system: You are a helpful assistant.
user:
Analyze the provided spectrum to determine if it is a **Carbon Star (C-type)**.

- **Key Visual Indicators of Carbon Star:**
    - **(Primary):** Strong molecular absorption from **C₂ (diatomic carbon) "Swan Bands."** This is the **defining feature** of a carbon star.
        - **(Key Bandheads):** Sharp absorption edges are visible at approximately $5635$ Å, $5165$ Å (the strongest band), and $4737$ Å.
        - **(Line Profile):** Creates a distinct **"saw-tooth"** pattern. The key morphology is a sharp, steep bandhead on the **red (long-wavelength) side**, which then gradually tapers off (i.e., flux recovers) towards the **blue (short-wavelength) side**. *(This is the direct opposite of the TiO bands seen in M-type stars)*.

    - **(Secondary):** Intense **CN (cyanogen)** molecular absorption bands.
        - **(Key Bandheads):** Located in the blue and violet regions of the spectrum (e.g., near $4215$ Å and $3883$ Å).
        - **(Morphology):** These bands are extremely broad and act as a "blanket," absorbing the vast majority of blue and violet light. This creates a characteristic **"cliff"** or **"steep drop-off"** in the spectrum's flux at short wavelengths.

    - **(Key Confirmation):** Strong **CH absorption band (G-band)**.
        - **(Key Bandhead):** Located around $4300$ Å. The contribution from CH molecules to this band is exceptionally strong.

    - **(Overall Spectrum):**
        - The continuum is severely "chopped up" by these deep molecular bands, especially C₂, rather than appearing as a smooth curve.
        - Due to the heavy CN and C₂ absorption in the blue-green, the vast majority of the star's flux is concentrated in the red part of the spectrum, giving the star its characteristic deep red color.

Think first, call **spectral_visualization_tool** if needed to examine features in detail, then provide your final answer. Your response must adhere to the following strict rules:
1.  **Overall Structure:** Your response must follow the format `<think>...</think> <tool_call>...</tool_call> (if a tool is used) <answer>...</answer>`.
2.  **Tool Usage Constraint:** You may only make **one** tool call per turn.
3.  **Final Answer Format:** In the `<answer>` tag, your conclusion must be inside a `\boxed{}` command (e.g., `\boxed{YES}`), followed by your justification.

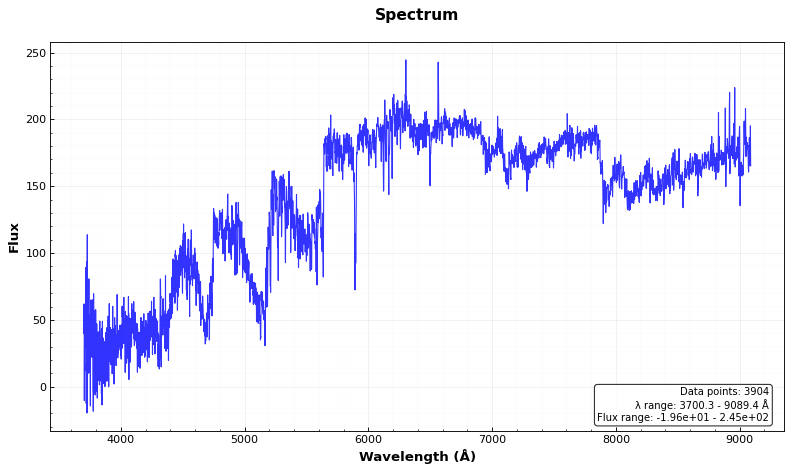
Answer: YES